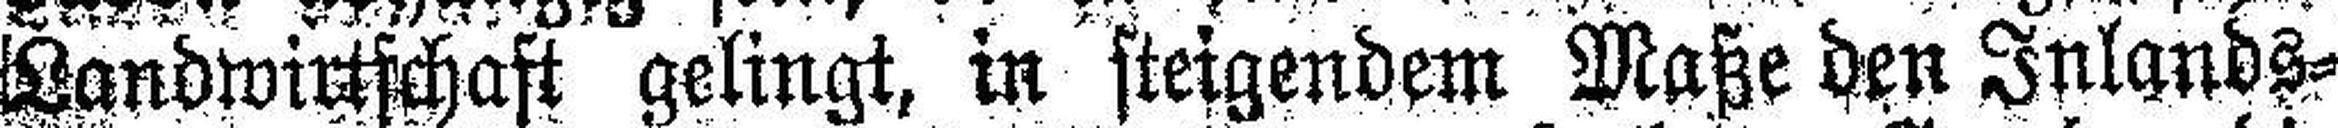
Landwirtschaft gelingt, in steigendem Maße den Inlands¬